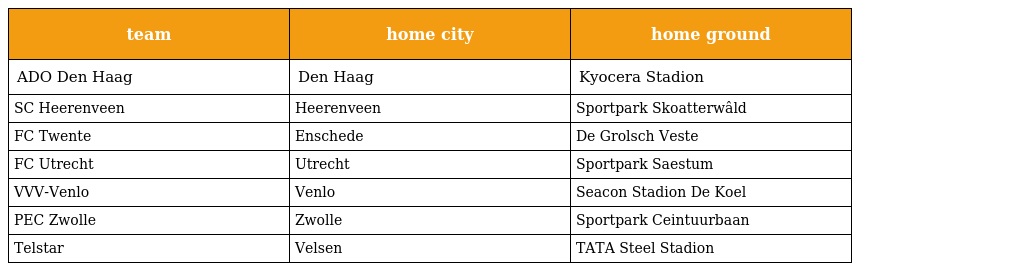
| team | home city | home ground |
 | --- | --- | --- |
 | ADO Den Haag | Den Haag | Kyocera Stadion |
 | SC Heerenveen | Heerenveen | Sportpark Skoatterwâld |
 | FC Twente | Enschede | De Grolsch Veste |
 | FC Utrecht | Utrecht | Sportpark Saestum |
 | VVV-Venlo | Venlo | Seacon Stadion De Koel |
 | PEC Zwolle | Zwolle | Sportpark Ceintuurbaan |
 | Telstar | Velsen | TATA Steel Stadion |